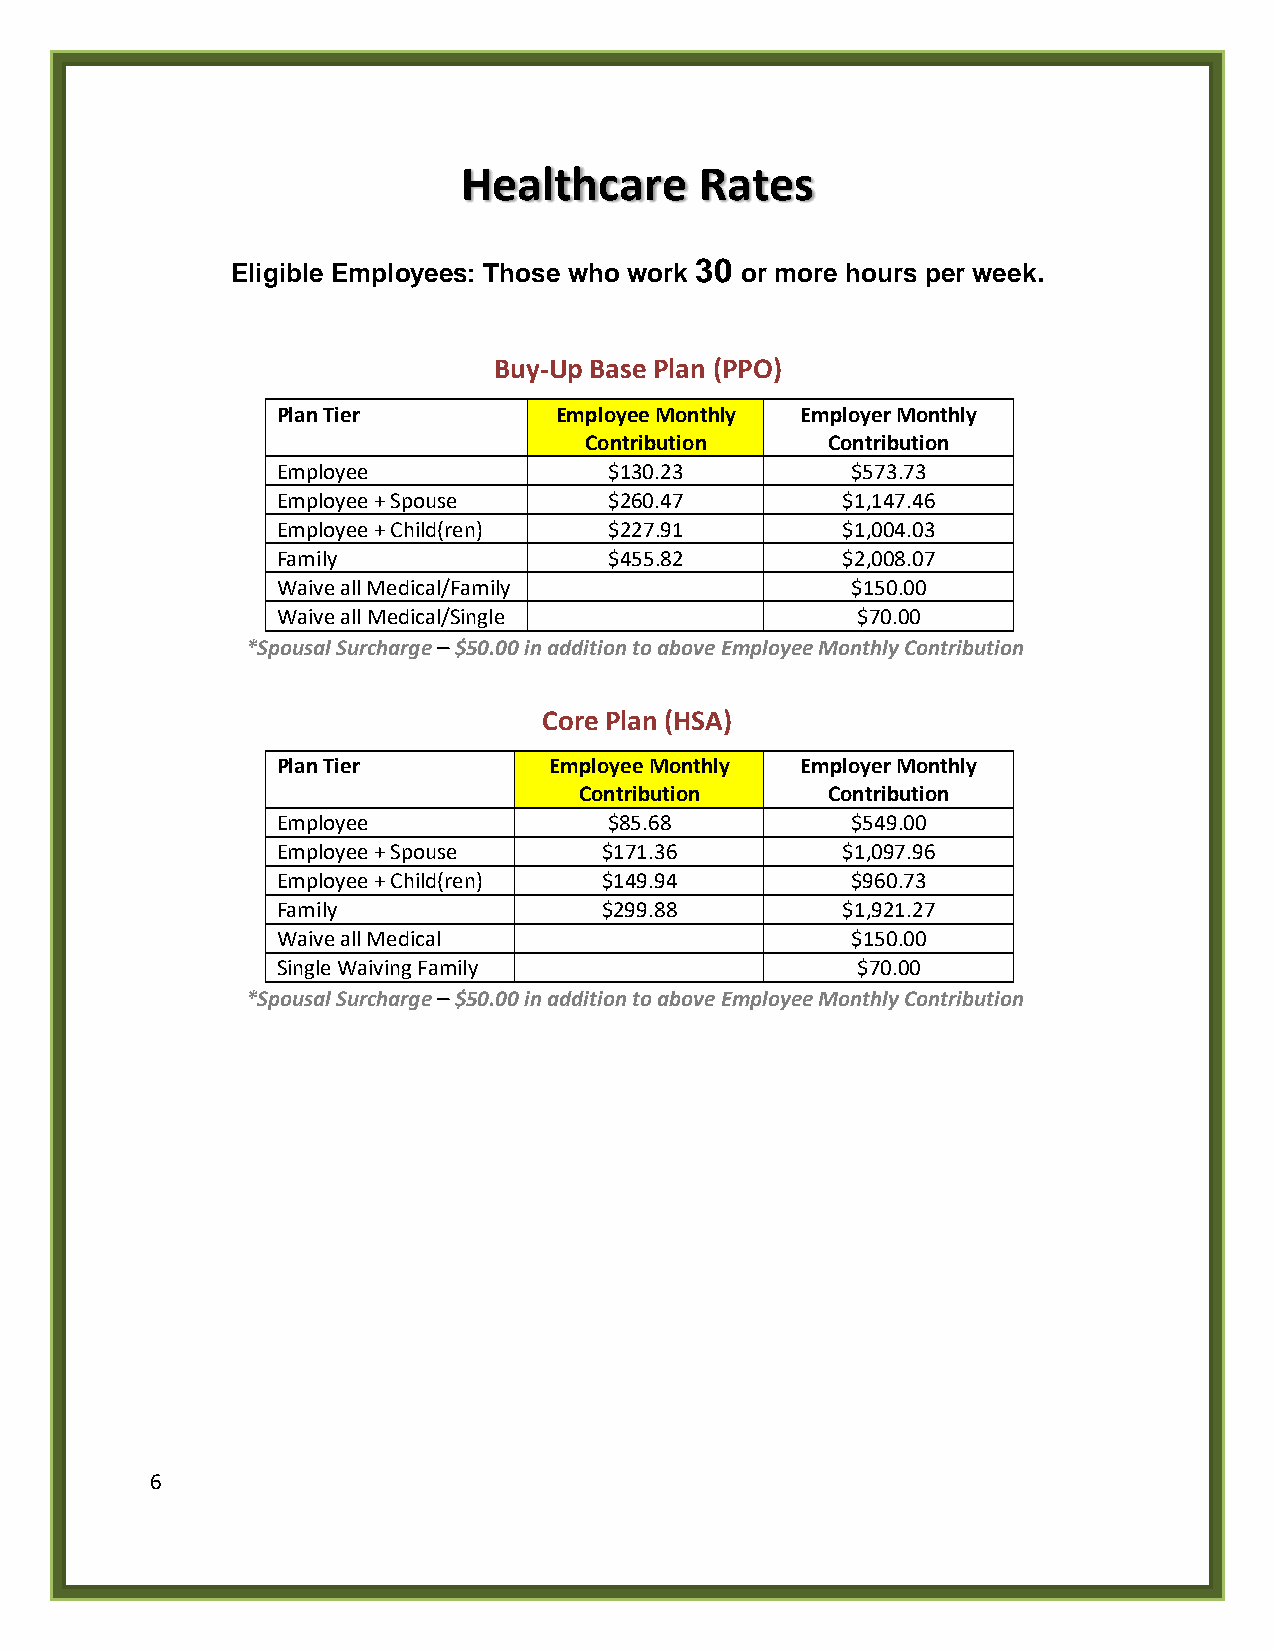
Healthcare     Rates
 Eligible Employees: Those who work 30 or more hours per week.
 Buy-Up Base Plan (PPO)
 Plan Tier          Employee Monthly Employer Monthly
 Contribution    Contribution
 Employee              $130.23         $573.73
 Employee + Spouse     $260.47         $1,147.46
 Employee + Child(ren) $227.91         $1,004.03
 Family                $455.82         $2,008.07
 Waive all Medical/Family              $150.00
 Waive all Medical/Single               $70.00
 *Spousal Surcharge – $50.00 in addition to above Employee Monthly Contribution
 Core Plan (HSA)
 Plan Tier         Employee Monthly Employer Monthly
 Contribution     Contribution
 Employee              $85.68          $549.00
 Employee + Spouse     $171.36         $1,097.96
 Employee + Child(ren) $149.94         $960.73
 Family                $299.88         $1,921.27
 Waive all Medical                     $150.00
 Single Waiving Family                  $70.00
 *Spousal Surcharge – $50.00 in addition to above Employee Monthly Contribution
 6